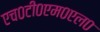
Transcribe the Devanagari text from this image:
एच०टी०एम०एल०